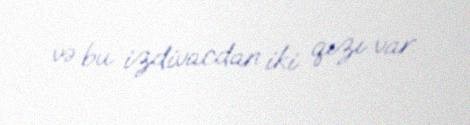
və bu izdivacdan iki qızı var.